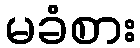
မခံစား